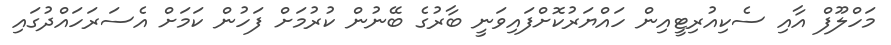
މަހްލޫފް އާއި ސެކިއުރިޓީއިން ހައްޔަރުކޮށްފައިވަނީ ބާރުގެ ބޭނުން ކުރުމަށް ފަހުން ކަމަށް އެސަރަހައްދުގައި